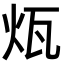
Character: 𤬬